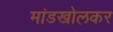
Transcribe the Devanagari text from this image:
मांडखोलकर